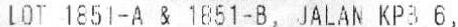
LOT 1851-A & 1851-B, JALAN KP8 6,